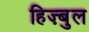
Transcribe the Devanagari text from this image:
हिज़्बुल